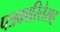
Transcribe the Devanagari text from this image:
पत्रकारितेसह